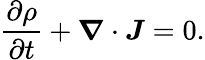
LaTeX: \frac{\partial\rho}{\partial t}+\boldsymbol{\nabla}\cdot\boldsymbol{J}=0.